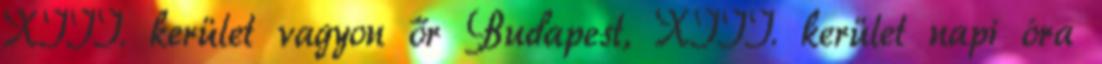
XIII. kerület vagyon őr Budapest, XIII. kerület napi óra